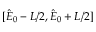
[ \hat { E } _ { 0 } - L / 2 , \hat { E } _ { 0 } + L / 2 ]